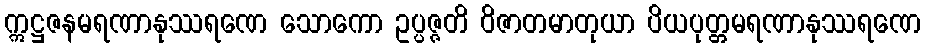
ဣဋ္ဌဇနမရဏာနုဿရဏေ သောကော ဥပ္ပဇ္ဇတိ ဝိဇာတမာတုယာ ပိယပုတ္တမရဏာနုဿရဏေ